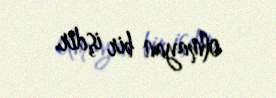
olmayan bir işdir.